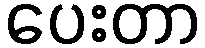
ပေးတာ